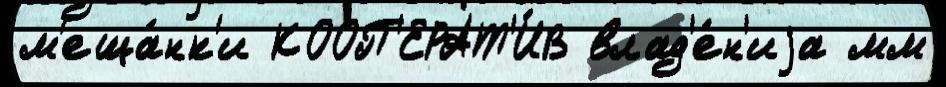
м'еща́нк'и КООП'ЕРАТ'И́В влад'е́н'иjа мм